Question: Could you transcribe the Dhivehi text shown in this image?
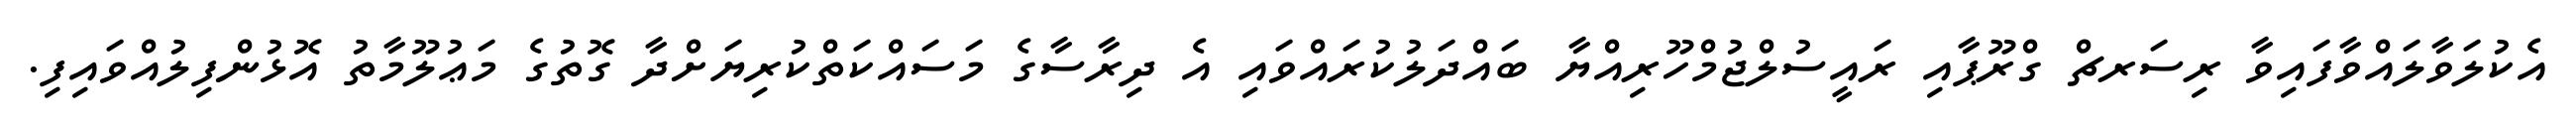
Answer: އެކުލަވާލައްވާފައިވާ ރިސަރޗް ގްރޫޕާއި ރައީސުލްޖުމްހޫރިއްޔާ ބައްދަލުކުރައްވައި އެ ދިރާސާގެ މަސައްކަތްކުރިޔަށްދާ ގޮތުގެ މަޢުލޫމާތު އޮޅުންފިލުއްވައިފި.